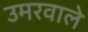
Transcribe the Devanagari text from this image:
उमरवाले